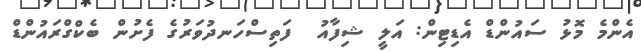
އެންމެ މޮޅު ސައުންޑް އެޑިޓިން: އަލީ ޝިފާއު  ފަތިސްހަނދުވަރުގެ ފެށުން ބެކްގްރައުންޑް